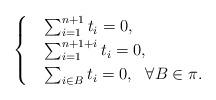
LaTeX: \begin{align*}\begin{cases}& \sum_{i=1}^{n+1} t_i=0, \\& \sum_{i=1}^{n+1+i} t_i=0, \\& \sum_{i\in B} t_i=0, \ \ \forall B\in \pi.\end{cases}\end{align*}